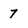
Character: 7